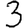
Digit: 3